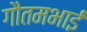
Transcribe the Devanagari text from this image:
गौतमभाई